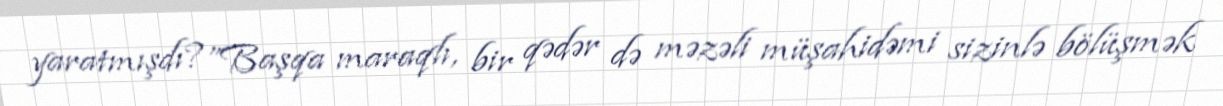
yaratmışdı?”Başqa maraqlı, bir qədər də məzəli müşahidəmi sizinlə bölüşmək